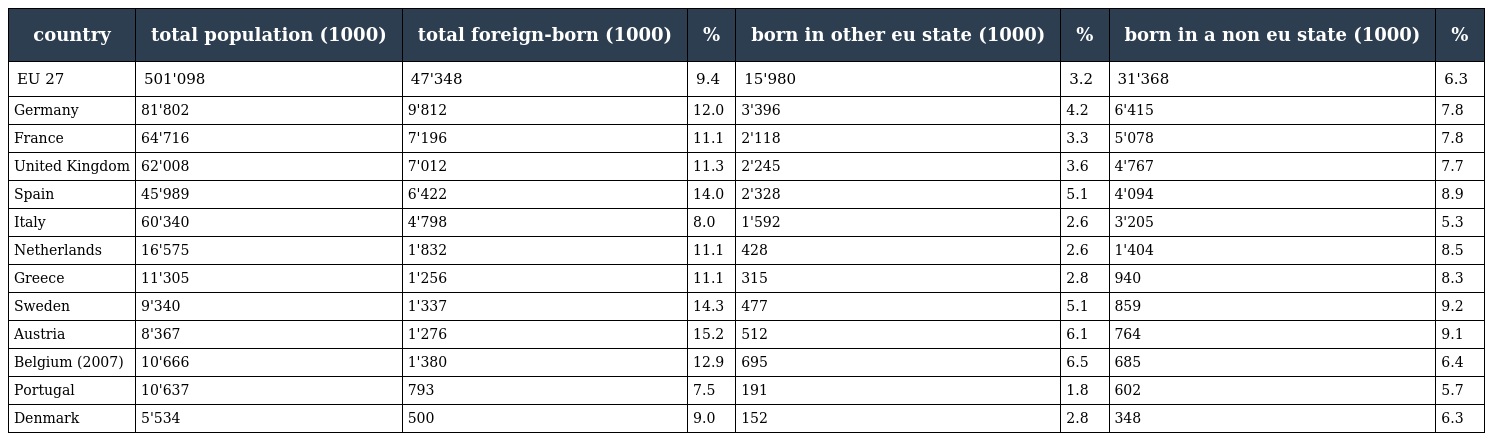
| country | total population (1000) | total foreign-born (1000) | % | born in other eu state (1000) | % | born in a non eu state (1000) | % |
 | --- | --- | --- | --- | --- | --- | --- | --- |
 | EU 27 | 501'098 | 47'348 | 9.4 | 15'980 | 3.2 | 31'368 | 6.3 |
 | Germany | 81'802 | 9'812 | 12.0 | 3'396 | 4.2 | 6'415 | 7.8 |
 | France | 64'716 | 7'196 | 11.1 | 2'118 | 3.3 | 5'078 | 7.8 |
 | United Kingdom | 62'008 | 7'012 | 11.3 | 2'245 | 3.6 | 4'767 | 7.7 |
 | Spain | 45'989 | 6'422 | 14.0 | 2'328 | 5.1 | 4'094 | 8.9 |
 | Italy | 60'340 | 4'798 | 8.0 | 1'592 | 2.6 | 3'205 | 5.3 |
 | Netherlands | 16'575 | 1'832 | 11.1 | 428 | 2.6 | 1'404 | 8.5 |
 | Greece | 11'305 | 1'256 | 11.1 | 315 | 2.8 | 940 | 8.3 |
 | Sweden | 9'340 | 1'337 | 14.3 | 477 | 5.1 | 859 | 9.2 |
 | Austria | 8'367 | 1'276 | 15.2 | 512 | 6.1 | 764 | 9.1 |
 | Belgium (2007) | 10'666 | 1'380 | 12.9 | 695 | 6.5 | 685 | 6.4 |
 | Portugal | 10'637 | 793 | 7.5 | 191 | 1.8 | 602 | 5.7 |
 | Denmark | 5'534 | 500 | 9.0 | 152 | 2.8 | 348 | 6.3 |